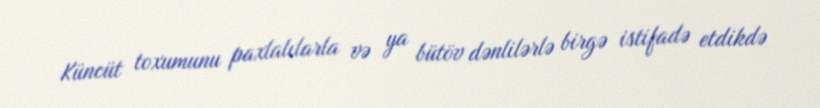
Küncüt toxumunu paxlalılarla və ya bütöv dənlilərlə birgə istifadə etdikdə